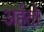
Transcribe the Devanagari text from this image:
अर्हतो